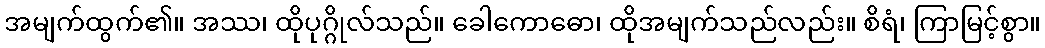
အမျက်ထွက်၏။ အဿ၊ ထိုပုဂ္ဂိုလ်သည်။ ခေါကောဓော၊ ထိုအမျက်သည်လည်း။ စိရံ၊ ကြာမြင့်စွာ။